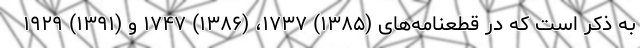
به ذکر است که در قطعنامه‌های (۱۳۸۵) ۱۷۳۷، (۱۳۸۶) ۱۷۴۷ و (۱۳۹۱) ۱۹۲۹